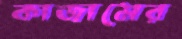
কাজামের